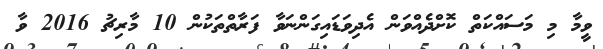
ވީމާ މި މަސައްކަތް ކޮށްދެއްވަން އެދިވަޑައިގަންނަވާ ފަރާތްތަކުން 10 މާރިޗު 2016 ވާ